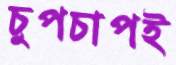
চুপচাপই